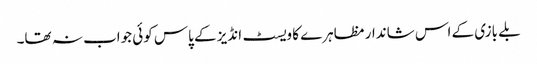
بلے بازی کے اس شاندار مظاہرے کا ویسٹ انڈیز کے پاس کوئی جواب نہ تھا۔